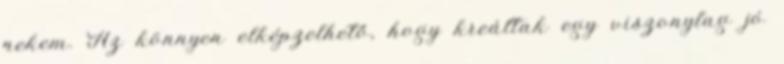
nekem. Az könnyen elképzelhető, hogy kreáltak egy viszonylag jó